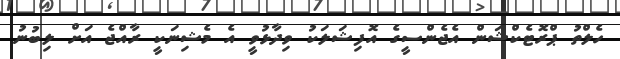
ހެލްތު ޕްރޮޓެކްޝަން އެޖެންސީގެ އޮފިޝަލަކު ވިދާޅުވީ އެ މެޝިނަކީ ރާއްޖެ އަށް ލިބުނު